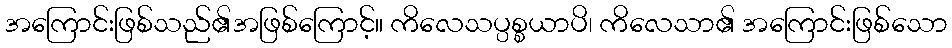
အကြောင်းဖြစ်သည်၏အဖြစ်ကြောင့်။ ကိလေသပ္ပစ္စယာပိ၊ ကိလေသာ၏ အကြောင်းဖြစ်သော